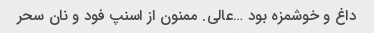
داغ و خوشمزه بود …عالی. ممنون از اسنپ فود و نان سحر